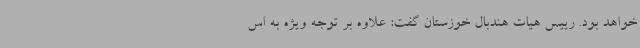
خواهد بود. رییس هیات هندبال خوزستان گفت: علاوه بر توجه ویژه به اس